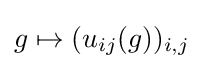
g\mapsto (u_{ij}(g))_{i,j}